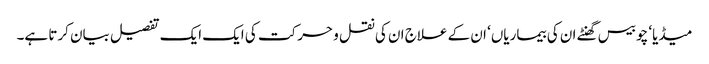
میڈیا‘ چوبیس گھنٹے ان کی بیماریاں‘ ان کے علاج ان کی نقل و حرکت کی ایک ایک تفصیل بیان کرتا ہے۔